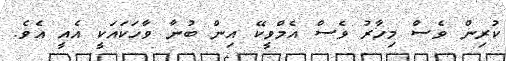
ކުރިން ވެސް މިހާރު ވެސް އެމްވީކޭ އިން ބުނާ ވާހަކައަކީ އެއީ އެވެ.